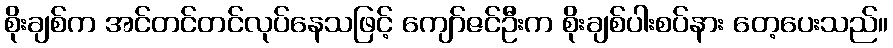
စိုးချစ်က အင်တင်တင်လုပ်နေသဖြင့် ကျော်ဇင်ဦးက စိုးချစ်ပါးစပ်နား တေ့ပေးသည်။